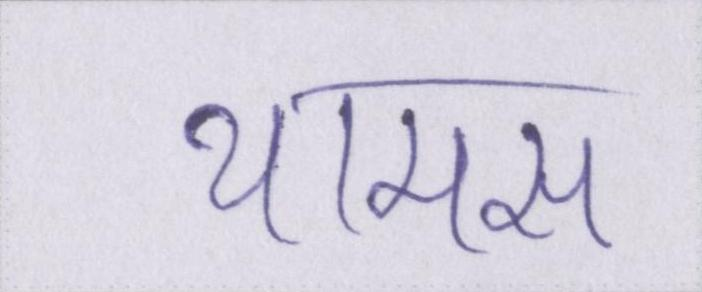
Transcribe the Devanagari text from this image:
थामस